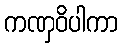
ကဏှဝိပါကာ